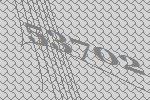
53702